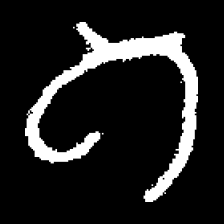
Pyu character \u2014 Myanmar letter: ဂ (romanized: ga)